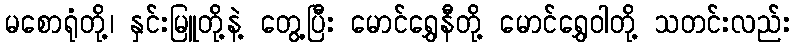
မစောရုံတို့၊ နှင်းမြူတို့နဲ့ တွေ့ပြီး မောင်ရွှေနီတို့ မောင်ရွှေဝါတို့ သတင်းလည်း